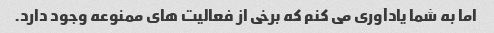
اما به شما یادآوری می کنم که برخی از فعالیت های ممنوعه وجود دارد.